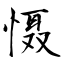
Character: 慑